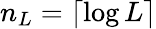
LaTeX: n_{L}=\lceil\log L\rceil